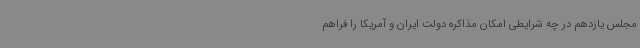
مجلس یازدهم در چه شرایطی امکان مذاکره دولت ایران و آمریکا را فراهم